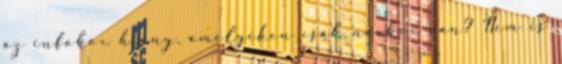
az infobox hiány, amelyiken csak navbox van? Nem is